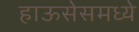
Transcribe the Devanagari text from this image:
हाऊसेसमध्ये